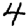
Digit: 4